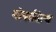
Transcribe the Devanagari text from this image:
गोपादित्य